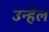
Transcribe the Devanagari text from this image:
उन्हेंल